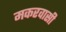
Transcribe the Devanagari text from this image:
मकरवासी